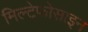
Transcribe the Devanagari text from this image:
मिल्टेफोसाइन